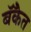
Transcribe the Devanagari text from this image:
बॅँकेत